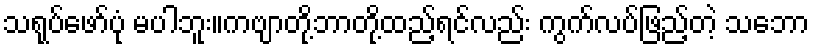
သရုပ်ဖော်ပုံ မပါဘူး။ကဗျာတို့ဘာတို့ထည့်ရင်လည်း ကွက်လပ်ဖြည့်တဲ့ သဘော